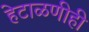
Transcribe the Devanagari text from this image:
हेटाळणीही